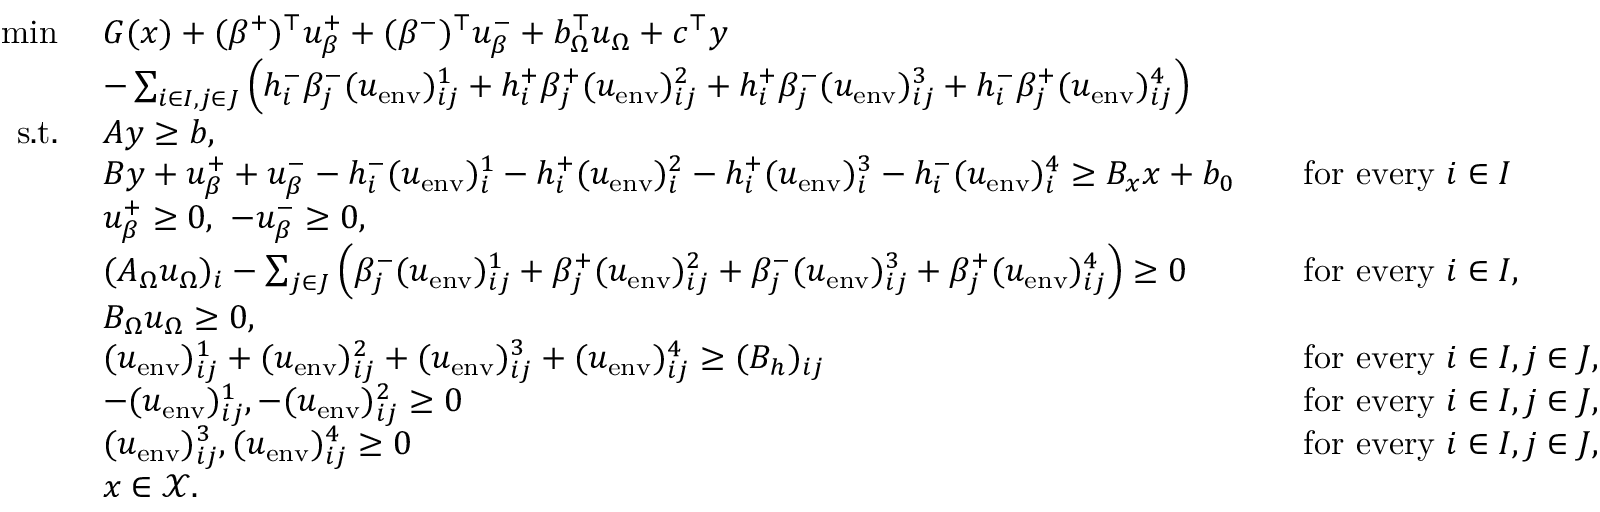
\begin{array} { r l r l } { \operatorname* { m i n } \ } & { G ( x ) + ( \beta ^ { + } ) ^ { \top } u _ { \beta } ^ { + } + ( \beta ^ { - } ) ^ { \top } u _ { \beta } ^ { - } + b _ { \Omega } ^ { \top } u _ { \Omega } + c ^ { \top } y } \\ & { - \sum _ { i \in I , j \in J } \left( h _ { i } ^ { - } \beta _ { j } ^ { - } ( u _ { \mathrm { e n v } } ) _ { i j } ^ { 1 } + h _ { i } ^ { + } \beta _ { j } ^ { + } ( u _ { \mathrm { e n v } } ) _ { i j } ^ { 2 } + h _ { i } ^ { + } \beta _ { j } ^ { - } ( u _ { \mathrm { e n v } } ) _ { i j } ^ { 3 } + h _ { i } ^ { - } \beta _ { j } ^ { + } ( u _ { \mathrm { e n v } } ) _ { i j } ^ { 4 } \right) } \\ { \mathrm { s . t . } \ } & { A y \geq b , } \\ & { B y + u _ { \beta } ^ { + } + u _ { \beta } ^ { - } - h _ { i } ^ { - } ( u _ { \mathrm { e n v } } ) _ { i } ^ { 1 } - h _ { i } ^ { + } ( u _ { \mathrm { e n v } } ) _ { i } ^ { 2 } - h _ { i } ^ { + } ( u _ { \mathrm { e n v } } ) _ { i } ^ { 3 } - h _ { i } ^ { - } ( u _ { \mathrm { e n v } } ) _ { i } ^ { 4 } \geq B _ { x } x + b _ { 0 } } & & { \mathrm { f o r ~ e v e r y ~ } i \in I } \\ & { u _ { \beta } ^ { + } \geq 0 , \ - u _ { \beta } ^ { - } \geq 0 , } \\ & { ( A _ { \Omega } u _ { \Omega } ) _ { i } - \sum _ { j \in J } \left( \beta _ { j } ^ { - } ( u _ { \mathrm { e n v } } ) _ { i j } ^ { 1 } + \beta _ { j } ^ { + } ( u _ { \mathrm { e n v } } ) _ { i j } ^ { 2 } + \beta _ { j } ^ { - } ( u _ { \mathrm { e n v } } ) _ { i j } ^ { 3 } + \beta _ { j } ^ { + } ( u _ { \mathrm { e n v } } ) _ { i j } ^ { 4 } \right) \geq 0 } & & { \mathrm { f o r ~ e v e r y ~ } i \in I , } \\ & { B _ { \Omega } u _ { \Omega } \geq 0 , } \\ & { ( u _ { \mathrm { e n v } } ) _ { i j } ^ { 1 } + ( u _ { \mathrm { e n v } } ) _ { i j } ^ { 2 } + ( u _ { \mathrm { e n v } } ) _ { i j } ^ { 3 } + ( u _ { \mathrm { e n v } } ) _ { i j } ^ { 4 } \geq ( B _ { h } ) _ { i j } } & & { \mathrm { f o r ~ e v e r y ~ } i \in I , j \in J , } \\ & { - ( u _ { \mathrm { e n v } } ) _ { i j } ^ { 1 } , - ( u _ { \mathrm { e n v } } ) _ { i j } ^ { 2 } \geq 0 } & & { \mathrm { f o r ~ e v e r y ~ } i \in I , j \in J , } \\ & { ( u _ { \mathrm { e n v } } ) _ { i j } ^ { 3 } , ( u _ { \mathrm { e n v } } ) _ { i j } ^ { 4 } \geq 0 } & & { \mathrm { f o r ~ e v e r y ~ } i \in I , j \in J , } \\ & { x \in \mathcal { X } . } \end{array}